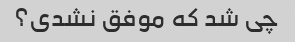
چی شد که موفق نشدی؟